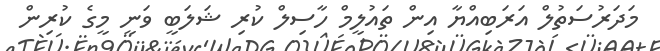
މަދަރުސަތުލް އަރަބިއްޔާ އިން ތައުލީމް ހާސިލް ކުރި ޝަލަބީ ވަނީ މީގެ ކުރިން